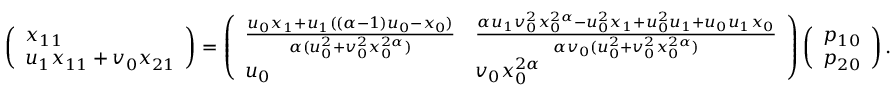
\left( \begin{array} { l } { x _ { 1 1 } } \\ { u _ { 1 } x _ { 1 1 } + v _ { 0 } x _ { 2 1 } } \end{array} \right) = \left( \begin{array} { l l } { \frac { u _ { 0 } x _ { 1 } + u _ { 1 } ( ( \alpha - 1 ) u _ { 0 } - x _ { 0 } ) } { \alpha ( u _ { 0 } ^ { 2 } + v _ { 0 } ^ { 2 } x _ { 0 } ^ { 2 \alpha } ) } } & { \frac { \alpha u _ { 1 } v _ { 0 } ^ { 2 } x _ { 0 } ^ { 2 \alpha } - u _ { 0 } ^ { 2 } x _ { 1 } + u _ { 0 } ^ { 2 } u _ { 1 } + u _ { 0 } u _ { 1 } x _ { 0 } } { \alpha v _ { 0 } ( u _ { 0 } ^ { 2 } + v _ { 0 } ^ { 2 } x _ { 0 } ^ { 2 \alpha } ) } } \\ { u _ { 0 } } & { v _ { 0 } x _ { 0 } ^ { 2 \alpha } } \end{array} \right) \left( \begin{array} { l } { p _ { 1 0 } } \\ { p _ { 2 0 } } \end{array} \right) .